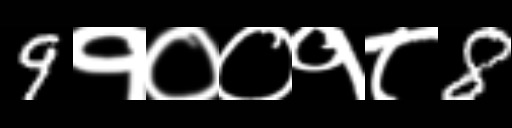
Text: 9१००१८8